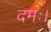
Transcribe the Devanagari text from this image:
दमः।